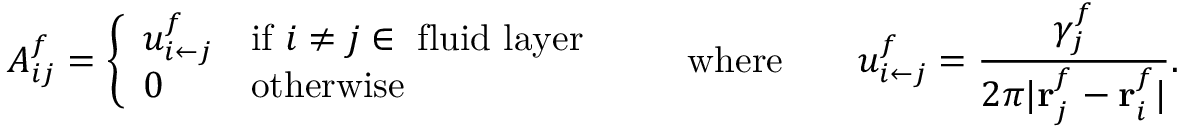
A _ { i j } ^ { f } = \left\{ \begin{array} { l l } { u _ { { i } \leftarrow { j } } ^ { f } } & { \mathrm { i f ~ } i \neq j \in ~ \mathrm { f l u i d ~ l a y e r } } \\ { 0 } & { \mathrm { o t h e r w i s e } } \end{array} \right. \quad \quad \mathrm { w h e r e } \quad \quad u _ { i \leftarrow j } ^ { f } = \frac { \gamma _ { j } ^ { f } } { 2 \pi \vert \mathbf { r } _ { j } ^ { f } - \mathbf { r } _ { i } ^ { f } \vert } .